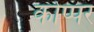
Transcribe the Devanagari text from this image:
कोप्पर